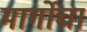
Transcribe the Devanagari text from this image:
मार्गोचा